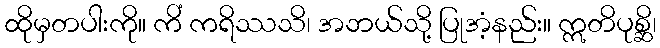
ထိုမှတပါးကို။ ကိံ ကရိဿသိ၊ အဘယ်သို့ ပြုအံ့နည်း။ ဣတိပုစ္ဆိ၊